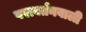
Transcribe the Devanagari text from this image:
परावर्तनवाली